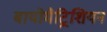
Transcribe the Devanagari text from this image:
बायोमैट्रिशियन